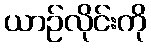
ယာဉ်လိုင်းကို